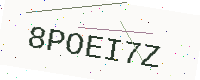
Text: 8POEI7Z